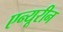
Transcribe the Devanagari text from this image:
एन्यूरीन